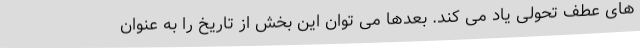
های عطف تحولی یاد می کند. بعدها می توان این بخش از تاریخ را به عنوان